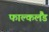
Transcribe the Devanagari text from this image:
फाल्कलैंड